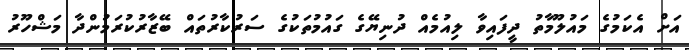
އަށް އެކަމުގެ މައުލޫމާތު ދީފައިވާ ލިއުމެއް ދުނިޔޭގެ ގައުމުތަކުގެ ސަރުކާރުތައް ބޭޒާރުކުރަމުންދާ މަޝްހޫރު